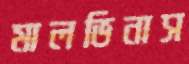
মালভিনাস